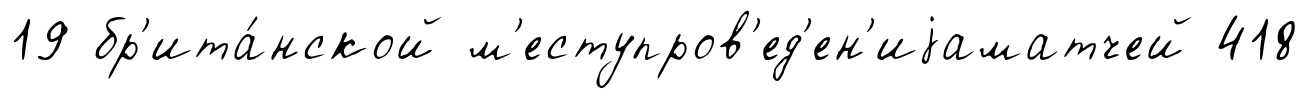
19 бр'ита́нской м'еступров'ед'ен'иjаматчей 418